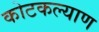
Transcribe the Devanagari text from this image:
कोटकल्याण